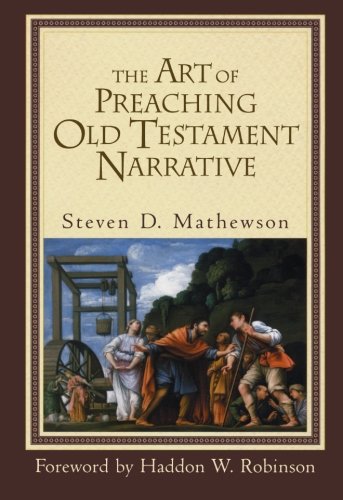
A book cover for The Art of Preaching Old Testament Narrative; Steven D. Mathewson; Christian Books & Bibles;